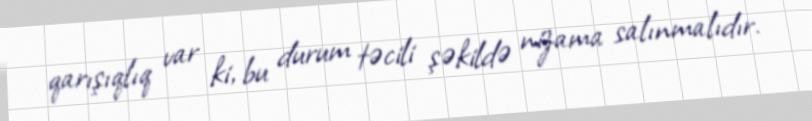
qarışıqlıq var ki, bu durum təcili şəkildə nizama salınmalıdır.